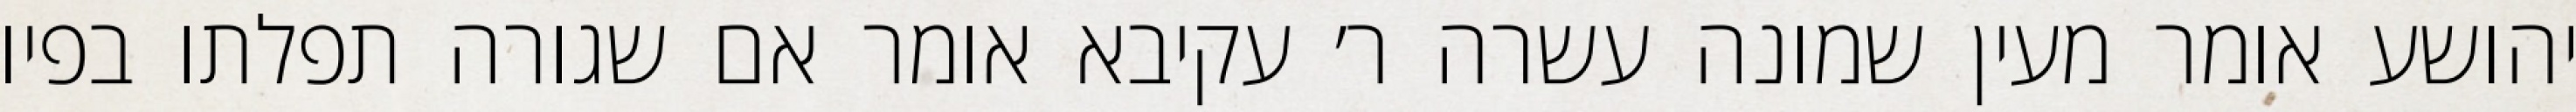
יהושע אומר מעין שמונה עשרה ר׳ עקיבא אומר אם שגורה תפלתו בפיו